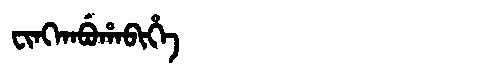
Manchu: ᠸᡳᠩᡴᠠᠪᡠᡥᠠᠪᡳᡥᡝ
Romanization: FINGKABUHABIHE